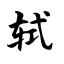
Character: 轼